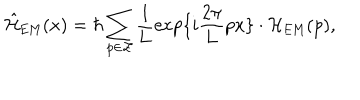
\hat { \cal H } _ { \mathrm { E M } } ( x ) = \hbar \sum _ { p \in \cal Z } \frac { 1 } { 1 } { L } \exp \{ i \frac { 2 \pi } { 2 \pi } { L } p x \} \cdot { \cal H } _ { \mathrm { E M } } ( p ) ,